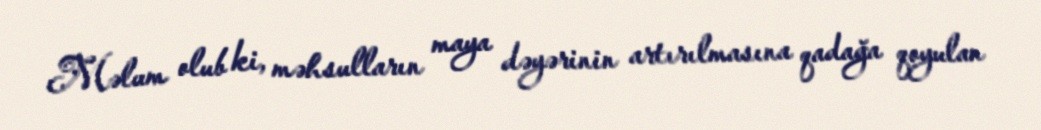
Məlum olub ki, məhsulların maya dəyərinin artırılmasına qadağa qoyulan